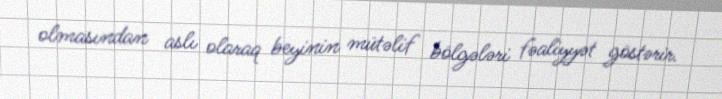
olmasından aslı olaraq beyinin mütəlif bölgələri fəaliyyət göstərir.